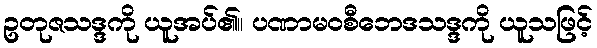
ဥတုဇသဒ္ဒကို ယူအပ်၏။ ပဏာမဝစီဘေဒသဒ္ဒကို ယူသဖြင့်